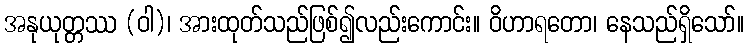
အနုယုတ္တဿ (ဝါ)၊ အားထုတ်သည်ဖြစ်၍လည်းကောင်း။ ဝိဟာရတော၊ နေသည်ရှိသော်။